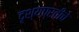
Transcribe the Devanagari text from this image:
दृश्यप्रतींचे